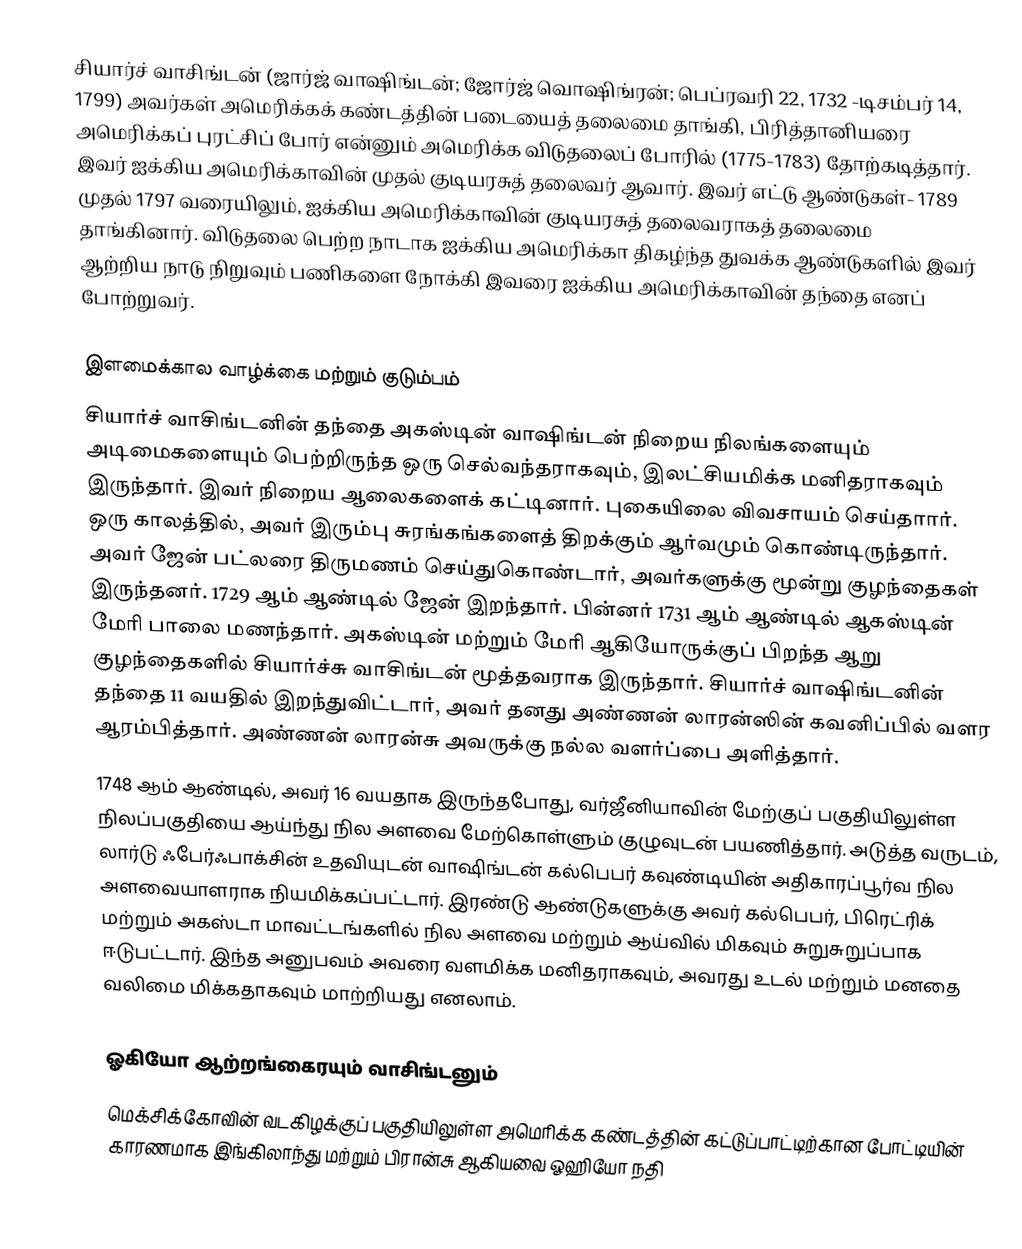
சியார்ச் வாசிங்டன் (ஜார்ஜ் வாஷிங்டன்; ஜோர்ஜ் வொஷிங்ரன்; பெப்ரவரி 22, 1732 -டிசம்பர் 14, 1799) அவர்கள் அமெரிக்கக் கண்டத்தின் படையைத் தலைமை தாங்கி, பிரித்தானியரை அமெரிக்கப் புரட்சிப் போர் என்னும் அமெரிக்க விடுதலைப் போரில் (1775-1783)  தோற்கடித்தார். இவர் ஐக்கிய அமெரிக்காவின் முதல் குடியரசுத் தலைவர் ஆவார். இவர் எட்டு ஆண்டுகள்- 1789 முதல் 1797 வரையிலும், ஐக்கிய அமெரிக்காவின் குடியரசுத் தலைவராகத் தலைமை தாங்கினார். விடுதலை பெற்ற நாடாக ஐக்கிய அமெரிக்கா திகழ்ந்த துவக்க ஆண்டுகளில் இவர் ஆற்றிய நாடு நிறுவும் பணிகளை நோக்கி இவரை ஐக்கிய அமெரிக்காவின் தந்தை எனப் போற்றுவர்.

இளமைக்கால வாழ்க்கை மற்றும் குடும்பம்
சியார்ச் வாசிங்டனின் தந்தை அகஸ்டின் வாஷிங்டன் நிறைய நிலங்களையும் அடிமைகளையும் பெற்றிருந்த ஒரு செல்வந்தராகவும், இலட்சியமிக்க மனிதராகவும் இருந்தார். இவர் நிறைய ஆலைகளைக் கட்டினார். புகையிலை விவசாயம் செய்தாார். ஒரு காலத்தில், அவர் இரும்பு சுரங்கங்களைத் திறக்கும் ஆர்வமும் கொண்டிருந்தார். அவர் ஜேன் பட்லரை திருமணம் செய்துகொண்டார், அவர்களுக்கு மூன்று குழந்தைகள் இருந்தனர். 1729 ஆம் ஆண்டில் ஜேன் இறந்தார். பின்னர் 1731 ஆம் ஆண்டில் ஆகஸ்டின் மேரி பாலை மணந்தார். அகஸ்டின் மற்றும் மேரி ஆகியோருக்குப் பிறந்த ஆறு குழந்தைகளில் சியார்ச்சு வாசிங்டன் மூத்தவராக இருந்தார். சியார்ச் வாஷிங்டனின் தந்தை 11 வயதில் இறந்துவிட்டார், அவர் தனது அண்ணன் லாரன்ஸின் கவனிப்பில் வளர ஆரம்பித்தார். அண்ணன் லாரன்சு அவருக்கு நல்ல வளர்ப்பை அளித்தார்.
1748 ஆம் ஆண்டில், அவர் 16 வயதாக இருந்தபோது, வர்ஜீனியாவின் மேற்குப் பகுதியிலுள்ள நிலப்பகுதியை ஆய்ந்து நில அளவை மேற்கொள்ளும் குழுவுடன் பயணித்தார். அடுத்த வருடம், லார்டு ஃபேர்ஃபாக்சின் உதவியுடன் வாஷிங்டன் கல்பெபர் கவுண்டியின் அதிகாரப்பூர்வ நில அளவையாளராக நியமிக்கப்பட்டார். இரண்டு ஆண்டுகளுக்கு அவர் கல்பெபர், பிரெட்ரிக் மற்றும் அகஸ்டா மாவட்டங்களில் நில அளவை மற்றும் ஆய்வில் மிகவும் சுறுசுறுப்பாக ஈடுபட்டார். இந்த அனுபவம் அவரை வளமிக்க மனிதராகவும், அவரது உடல் மற்றும் மனதை வலிமை மிக்கதாகவும் மாற்றியது எனலாம்.

ஓகியோ ஆற்றங்கைரயும் வாசிங்டனும்
மெக்சிக்கோவின் வடகிழக்குப் பகுதியிலுள்ள அமெரிக்க கண்டத்தின் கட்டுப்பாட்டிற்கான போட்டியின் காரணமாக இங்கிலாந்து மற்றும் பிரான்சு ஆகியவை ஓஹியோ நதி